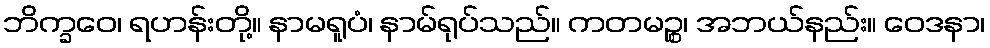
ဘိက္ခဝေ၊ ရဟန်းတို့။ နာမရူပံ၊ နာမ်ရုပ်သည်။ ကတမဉ္စ၊ အဘယ်နည်း။ ဝေဒနာ၊